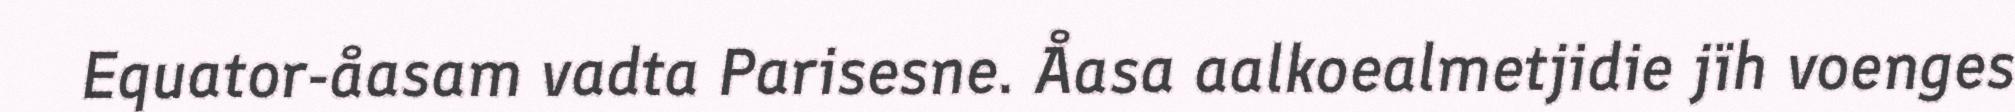
Equator-åasam vadta Parisesne. Åasa aalkoealmetjidie jïh voenges